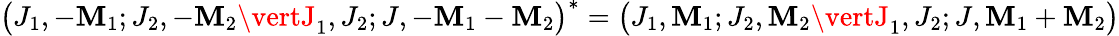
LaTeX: \bigl(J_{1},-\mathbf{M}_{1};J_{2},-\mathbf{M}_{2}\vertJ_{1},J_{2};J,-\mathbf{M}_{1}-\mathbf{M}_{2}\bigr)^{*}=\bigl(J_{1},\mathbf{M}_{1};J_{2},\mathbf{M}_{2}\vertJ_{1},J_{2};J,\mathbf{M}_{1}+\mathbf{M}_{2}\bigr)